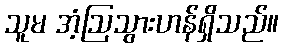
သူမ အံ့ဩသွားဟန်ရှိသည်။